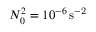
N _ { 0 } ^ { 2 } = 1 0 ^ { - 6 } \, \mathrm { { s ^ { - 2 } } }